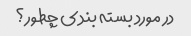
در مورد بسته بندی چطور؟